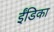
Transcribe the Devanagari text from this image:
ईंडिका